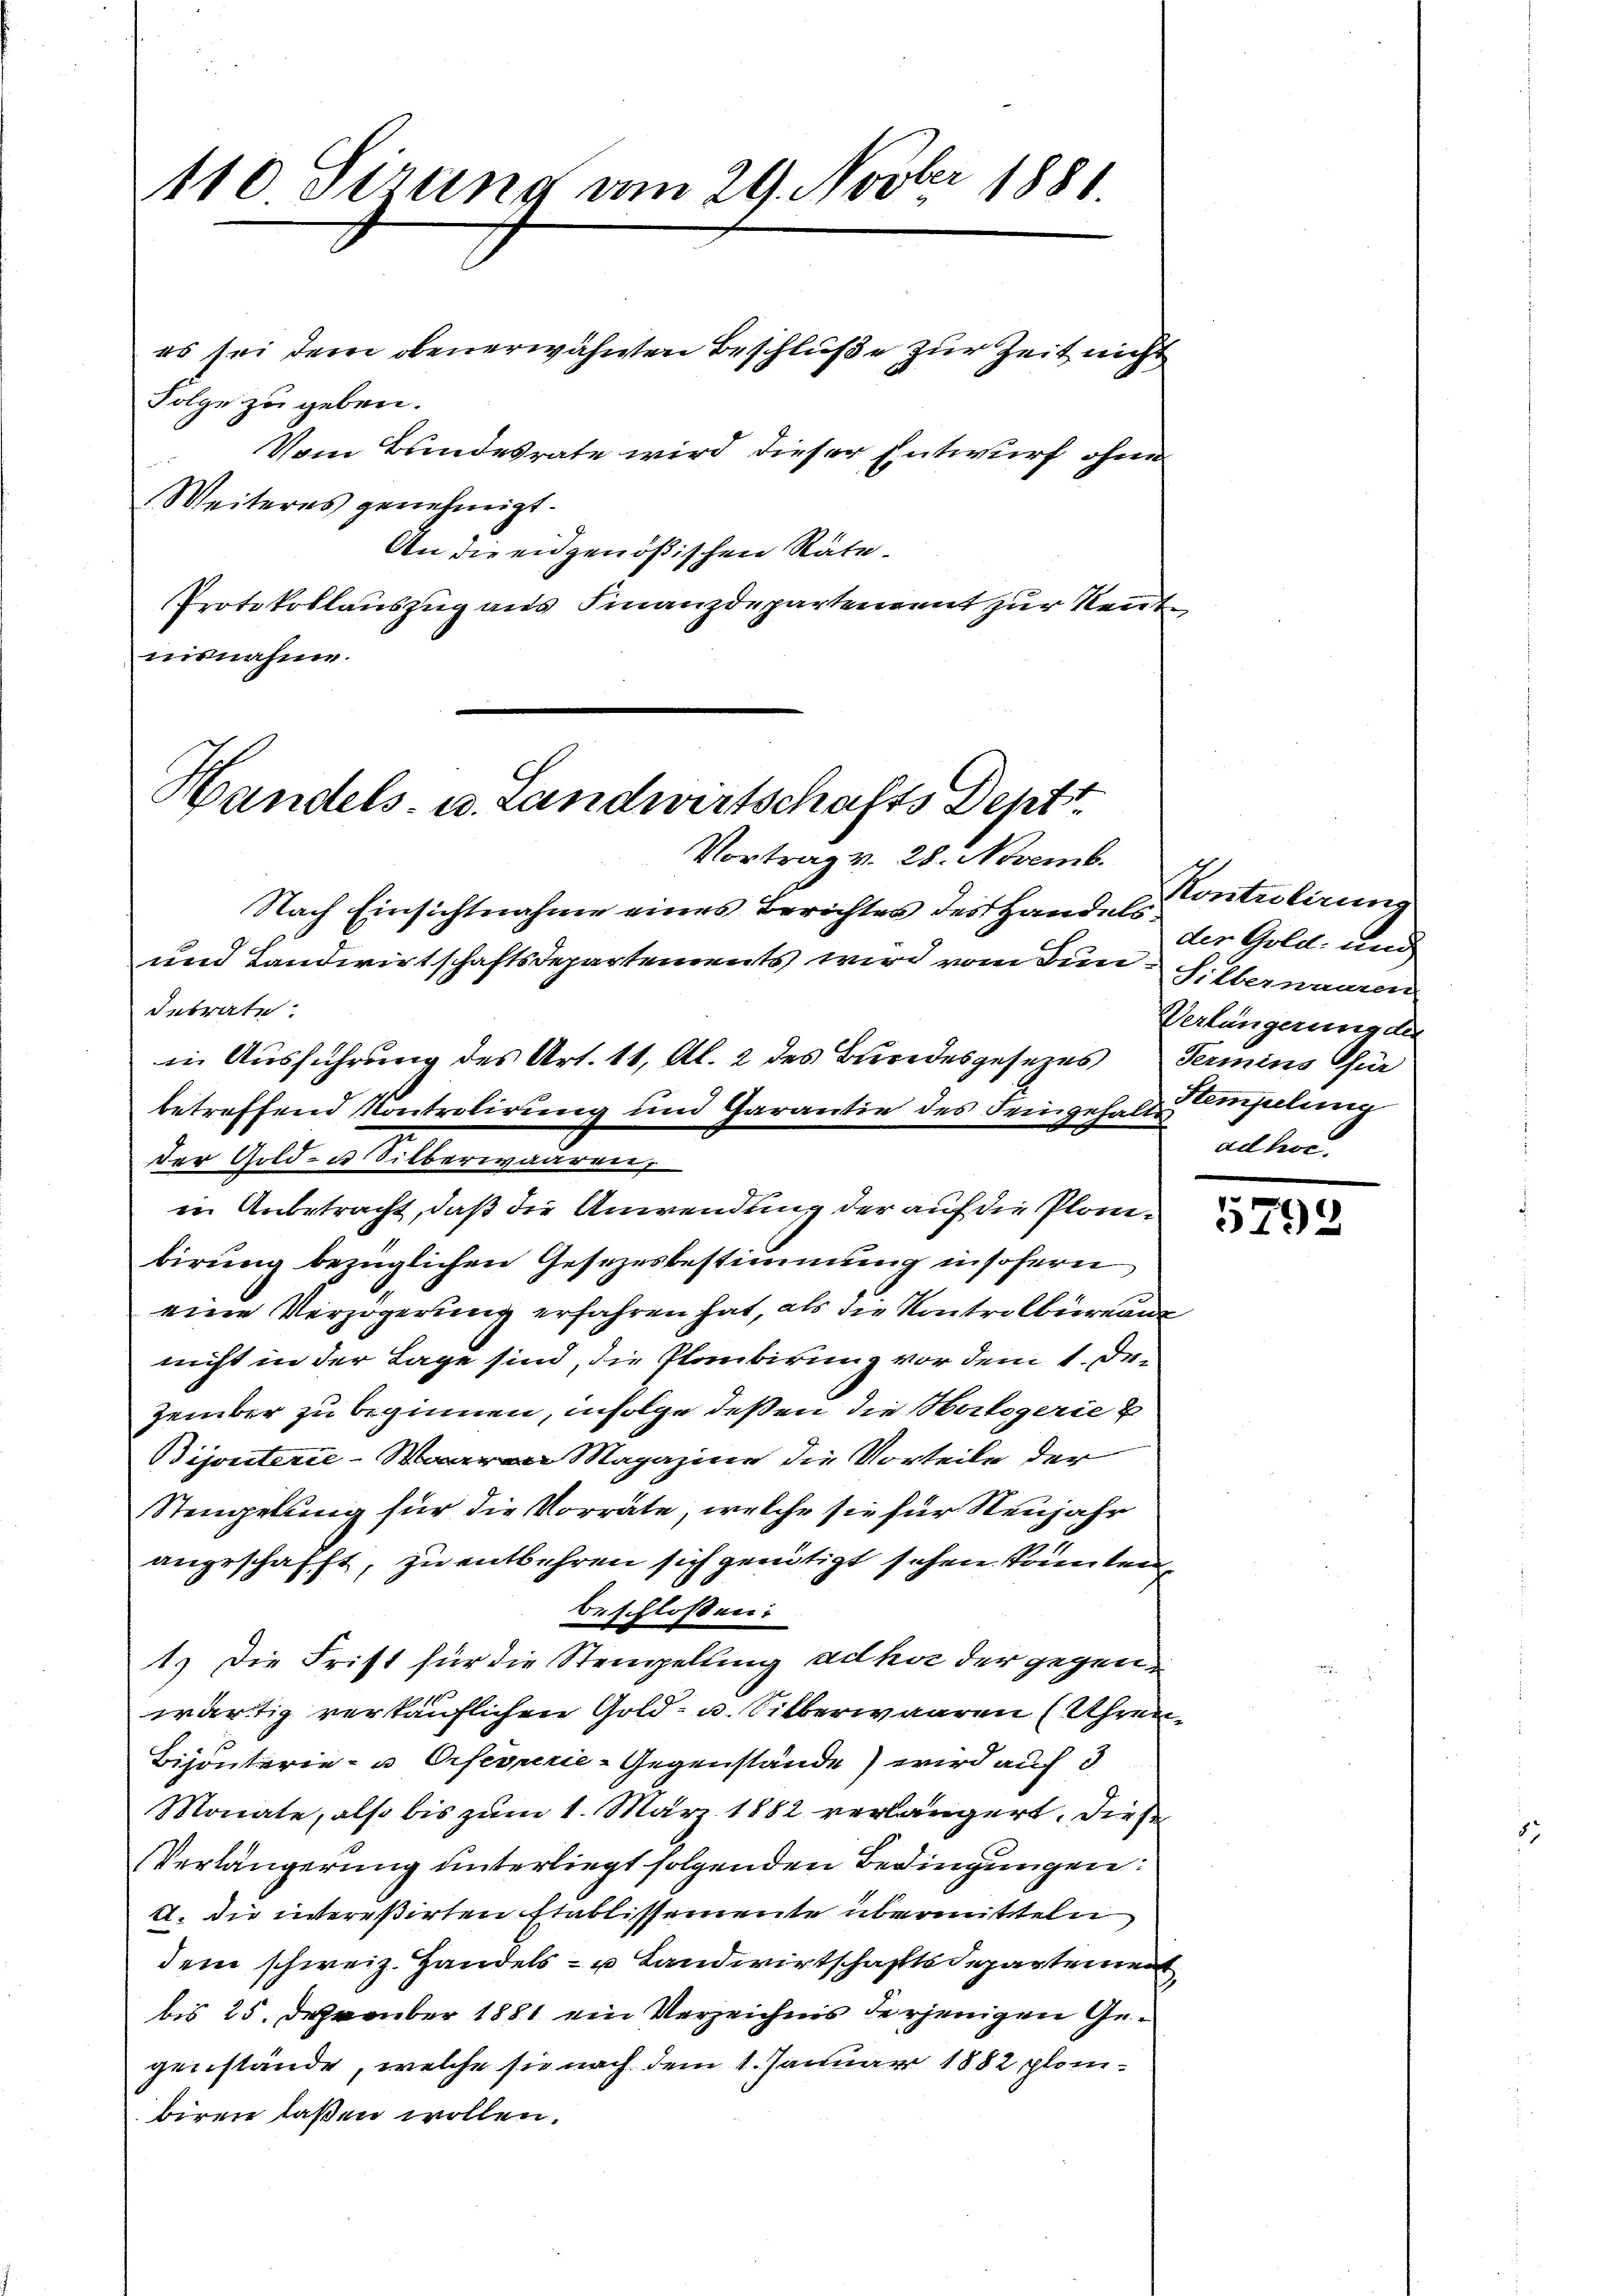
110 Sirung am 29. Novber 1881.

es sei dem obenerwähnten Beschluße zur Zeit nicht
Folge zu geben.
Vom Bundesrate wird dieser Entwurf ohne
Weiteres genehmigt.
An die eidgenößischen Räte¬
Protokollauszug aus Finanzdepartenannt zur Neut
mitnahme.

Handels- u. Landwirtschafts Deptt

Vortrag v. 28. Novemb.
Nach Einsichtnahme eines Berichten des Handels¬
und Landwirtschaftsdepartements wird vom Tin-Silbernaaren
desrate.
in Ausführung des Art. 11, Al. 2 des Bundesgesezes Termins für
betreffend Kontrolirung und Garantie des Feingehalte Angelung
der Gelden Stillen wedenen
in Anbetracht, daß die Anwendung der auf die Planbirung bezüglichen Gesezesbestimmung insofern
eine Verzögerung erfahren hat, als die Kontrolbüreau
nicht in der Lage sind, die Plantirung vor dem 1. Dr.
Zember zu beginnen, infolge deßen die Martigerien
Bijouterie Magazine die Vorteile der
Stengelung für die Vorräte, welche sie für Neujahr
angeschafft, zu entbehren sich genötigt sehen konnten
beschlossen:
1.) Die Frist für die Stempelling ad hoc der gegen
wärtig verkäuflichen Gold- u. Silberwaaren (Uhren¬
Biponterie- u Orsegnerie-Gegenstände) wird auch 3
Monate, also bis zum 1. März 1882 verlängert, dies
Verlängerung unterliegt folgenden Bedingungen:
A. die intereßirten Etablissemente übermitteln
dem schweiz. Handels- u Landwirtschaftsdepartement
bis 25. Dezember 1881 ein Verzeichnis derjenigen Gegenstände, welche sie nach dem 1. Januar 1882 planbiren laßen wollen.

Kontrolirung
der Gold- und
Verlängerung der
ad her

5792